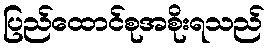
ပြည်ထောင်စုအစိုးရသည်